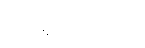
ဖိတ်စဉ်သွား၏။